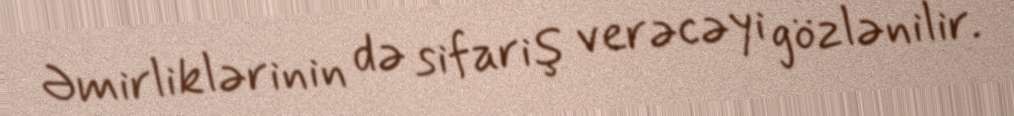
Əmirliklərinin də sifariş verəcəyi gözlənilir.